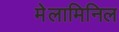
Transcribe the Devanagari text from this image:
मेलामिनिल